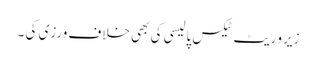
زیرو ریٹ ٹیکس پالیسی کی بھی خلاف ورزی کی ۔